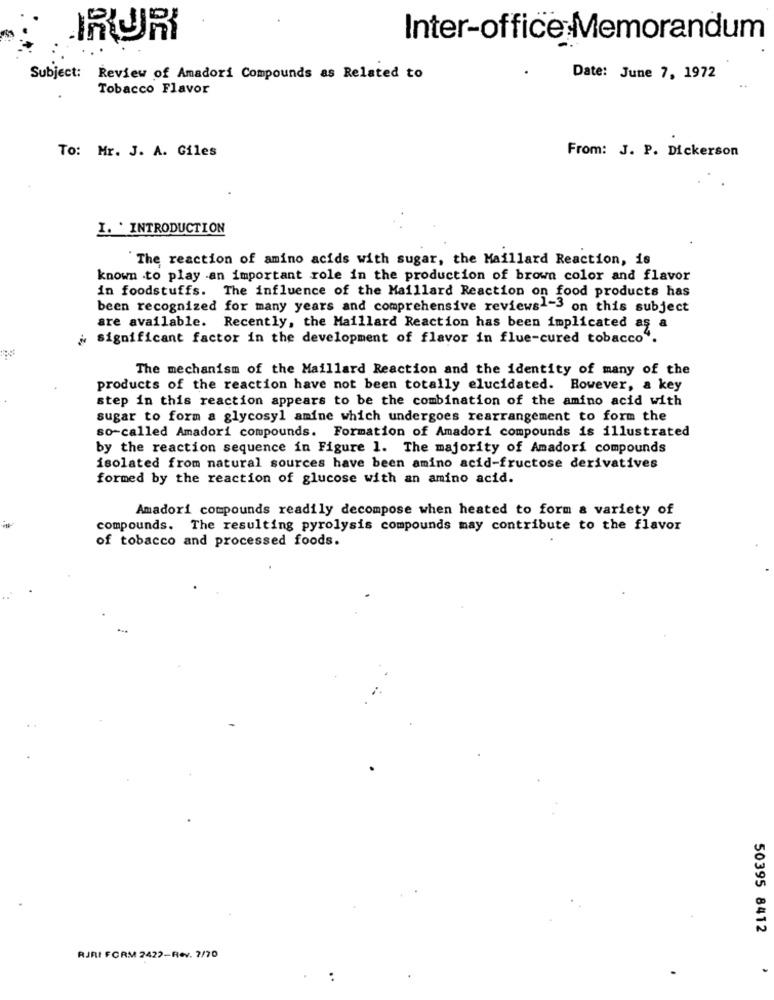
IRURI
Inter-office Memorandum
Subject: Review of Amadori Compounds as Related to
Date: June 7, 1972
Tobacco Flavor
To: Mr. J. A. Giles
From: J. P. Dickerson
I. * INTRODUCTION
The reaction of amino acids with sugar, the Maillard Reaction, is
known to play an important role in the production of brown color and flavor
in foodstuffs. The influence of the Maillard Reaction on food products has
been recognized for many years and comprehensive reviews1-3 on this subject
are available. Recently, the Maillard Reaction has been implicated as a
¿ significant factor in the development of flavor in flue-cured tobacco".
The mechanism of the Maillard Reaction and the identity of many of the
products of the reaction have not been totally elucidated. However, a key
step in this reaction appears to be the combination of the amino acid with
sugar to form a glycosyl amine which undergoes rearrangement to form the
so-called Amadori compounds. Formation of Amadori compounds is illustrated
by the reaction sequence in Figure 1. The majority of Amadori compounds
isolated from natural sources have been amino acid-fructose derivatives
formed by the reaction of glucose with an amino acid.
Amadori compounds readily decompose when heated to form a variety of
compounds. The resulting pyrolysis compounds may contribute to the flavor
of tobacco and processed foods.
50395 8412
RJRI FORM 2422-Rev. 7/70